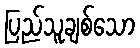
ပြည်သူချစ်သော